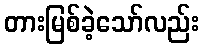
တားမြစ်ခဲ့သော်လည်း